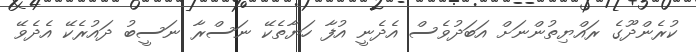
ކުރެންދޫގެ ރައްޔިތުންނަށް އަބަދުވެސް އެދެނީ އުފާ ހަޔާތެކޭ ނަސްރާ ނަސީބު ދައުރެކޭ އެދެވޭ